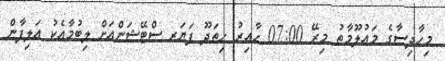
މިހާދިސާގެ މައުލޫމާތު މިރޭ 07:00 ހާއިރު ހިތަދޫ ފަޔަރ ސްޓޭޝަންއަށް ލިބުމާއެކު އަލިފާން